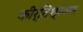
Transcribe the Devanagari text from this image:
कीर्तिश्रवण